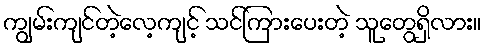
ကျွမ်းကျင်တဲ့လေ့ကျင့် သင်ကြားပေးတဲ့ သူတွေရှိလား။